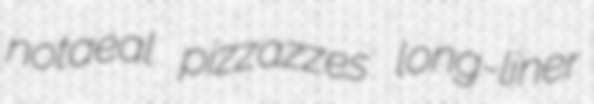
notaeal pizzazzes long-liner